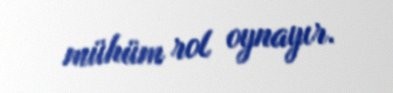
mühüm rol oynayır.